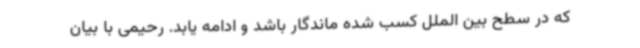
که در سطح بین الملل کسب شده ماندگار باشد و ادامه یابد. رحیمی با بیان